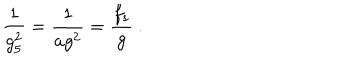
\frac { 1 } { g _ { 5 } ^ { 2 } } = \frac { 1 } { a g ^ { 2 } } = \frac { f _ { s } } { g } \ .